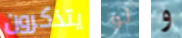
يتذكرون لو و